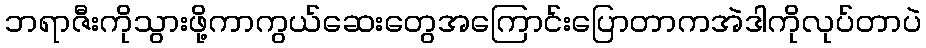
ဘရာဇီးကိုသွားဖို့ကာကွယ်ဆေးတွေအကြောင်းပြောတာကအဲဒါကိုလုပ်တာပဲ